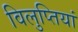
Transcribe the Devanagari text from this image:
विलुप्तियां